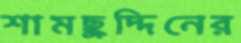
শামছুদ্দিনের